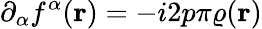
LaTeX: \partial_{\alpha}f^{\alpha}({\mathbf r})=-i2p\pi\varrho({\mathbf r})